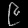
Digit: ၉